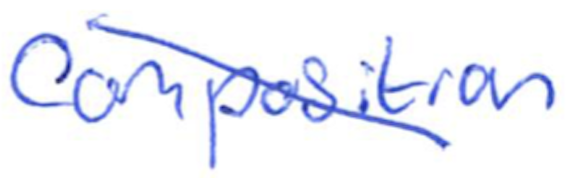
Text: composition
Cross-out: diagonal
Writing tool: ballpoint